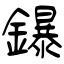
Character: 鑤